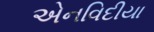
એનવિદીયા